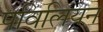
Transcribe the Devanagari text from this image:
पविलियन